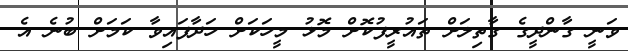
ވަނީ ގާންދީގެ ގާތިލަށް ތައުރީފުކޮށް މޮޅު މީހަކަށް ހަދާފައިވާ ކަމަށް ބުނެ އެ